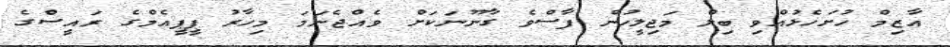
އާޒިމް ހުށަހެޅުއްވި ބިލް މަޖިލީހުން ފާސްވެ ގާނޫނަކަށް ވެއްޖެނަމަ މިހާރު ޕީޕީއެމްގެ ރައީސްގެ